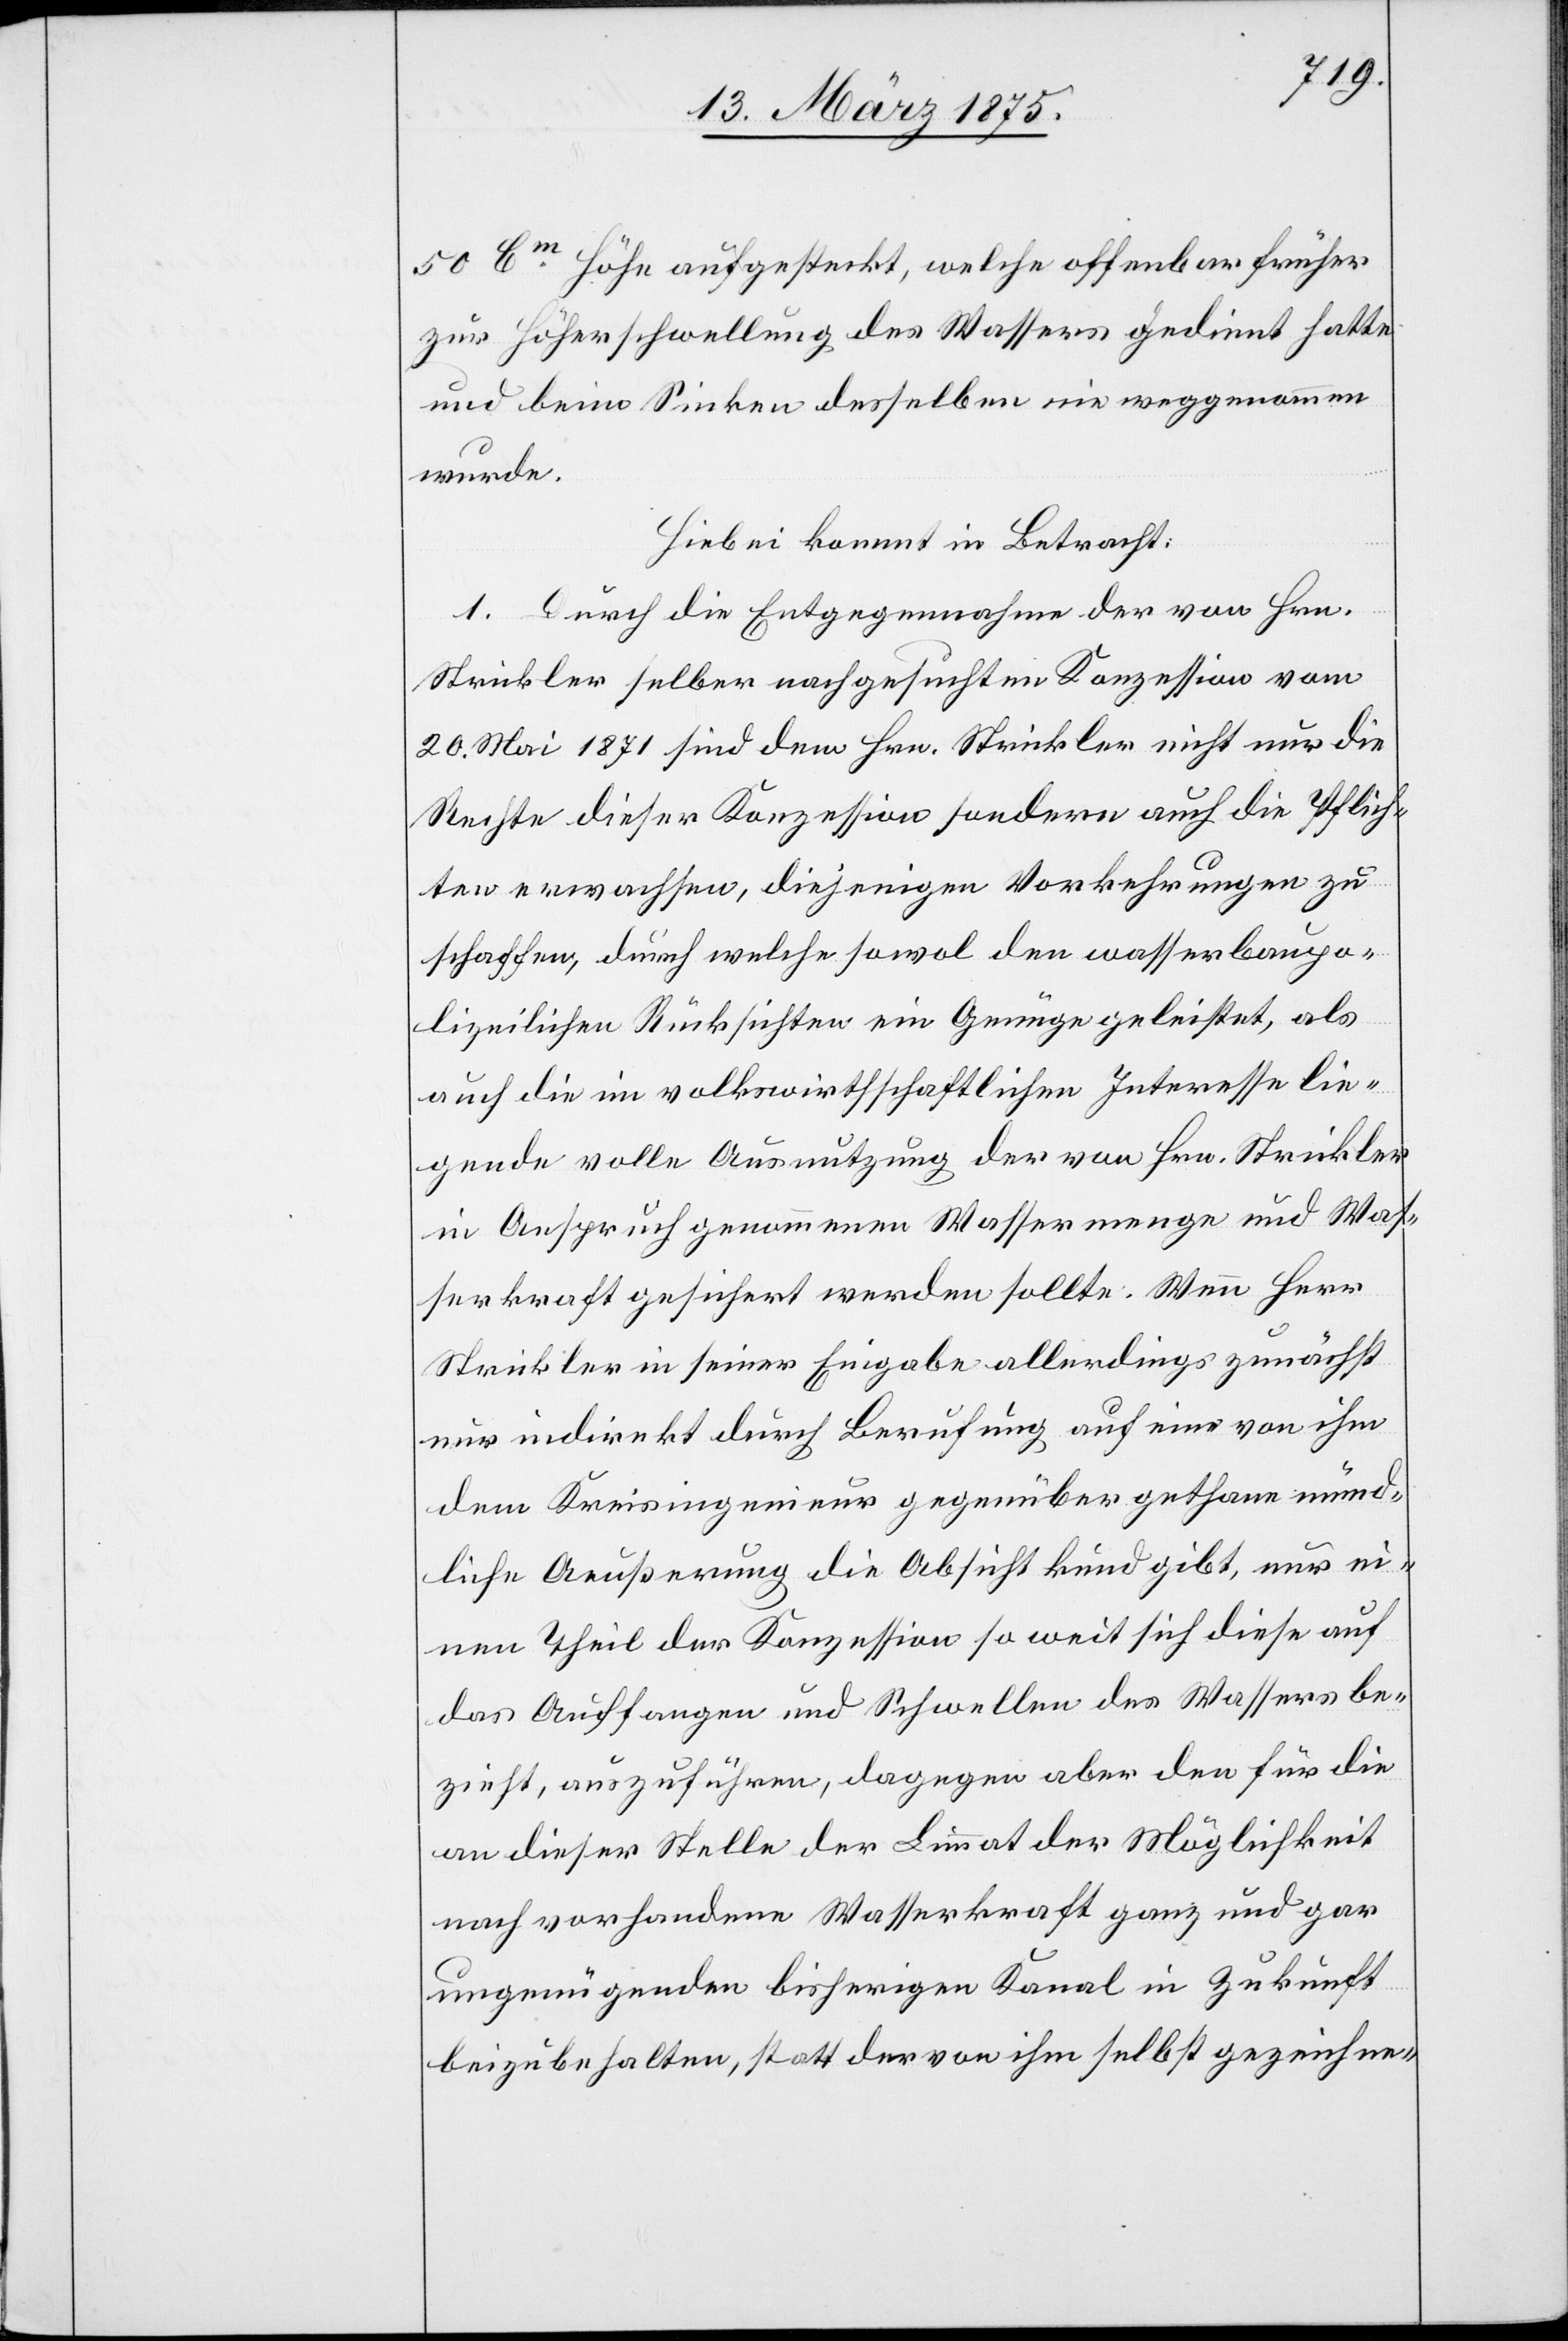
50 Cm Höhe aufgesteckt, welche offenbar früher
zur Höherschwellung des Wassers gedient hatte
und beim Sinken derselben nie weggenommen
wurde.
Hiebei kommt in Betracht:
1. Durch die Entgegennahme der von Hrn.
Strickler selber nachgesuchten Konzession vom
20. Mai 1871 sind dem Hrn. Strickler nicht nur die
Rechte dieser Konzession sondern auch die Pflich¬
ten erwachsen, diejenigen Vorkehrungen zu
schaffen, durch welche sowol den wasserbaupo¬
lizeiliche Rücksichten ein Genüge geleistet, als
auch die im volkwirtschaftlichen Interesse lie¬
gende volle Ausnutzung der von Hrn. Strickler
in Anspruch genommenen Wassermenge und Was¬
serkraft gesichert werden sollte. Wenn Herr
Strickler in seiner Eingabe allerdings zunächst
nur indirekt durch Berufung auf eine von ihm
dem Kreisingenieur gegenüber gethane münd¬
liche Aeußerung die Absicht kund gibt, nur ei¬
nen Theil der Konzession so weit sich diese auf
das Auffangen und Schwellen des Wassers be¬
zieht, anzuführen, dagegen aber den für die
an dieser Stelle der Limmat der Möglichkeit
nach vorhandene Wasserkraft ganz und gar
ungenügenden bisherigen Kanal in Zukunft
beizubehalten, statt der von ihm selbst gezeichne-